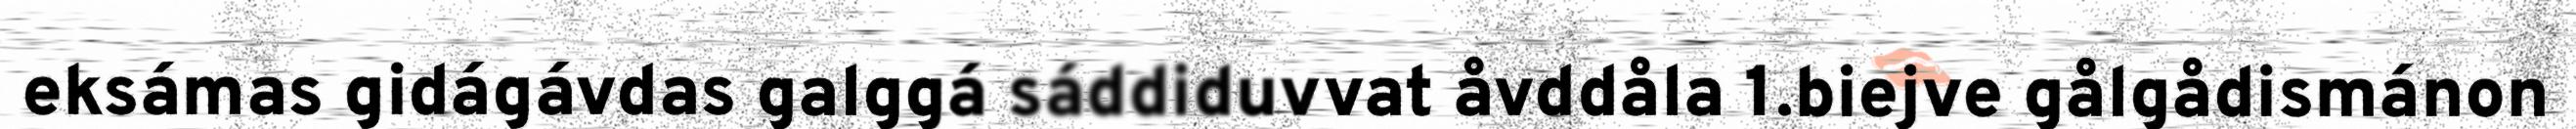
eksámas gidágávdas galggá sáddiduvvat åvddåla 1.biejve gålgådismánon